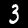
Digit: 3